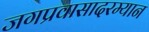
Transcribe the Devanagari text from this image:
जगप्रवासादरम्यान